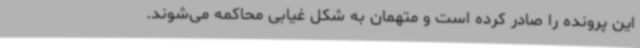
این پرونده را صادر کرده است و متهمان به شکل غیابی محاکمه می‌شوند.